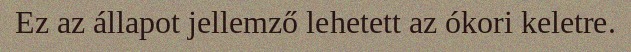
Ez az állapot jellemző lehetett az ókori keletre.